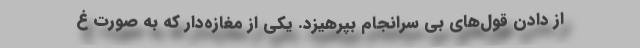
از دادن قول‌های بی سرانجام بپرهیزد. یکی از مغازه‌دار که به صورت غ